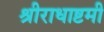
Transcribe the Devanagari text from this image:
श्रीराधाष्टमी